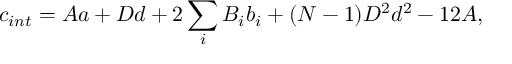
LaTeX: c _ { i n t } = A a + D d + 2 \sum _ { i } B _ { i } b _ { i } + ( N - 1 ) D ^ { 2 } d ^ { 2 } - 1 2 A ,